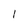
Character: l